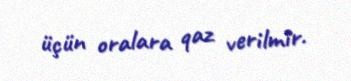
üçün oralara qaz verilmir.